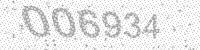
Solution: 006934